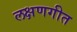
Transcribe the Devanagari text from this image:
लक्षणगीत